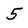
Character: 5